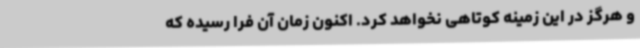
و هرگز در این زمینه کوتاهی نخواهد کرد. اکنون زمان آن فرا رسیده که